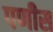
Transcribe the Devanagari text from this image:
पणीस